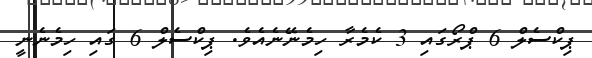
ޕިކްސެލް 6 ޕްރޯގައި 3 ކެމެރާ ހިމެނޭނެއެވެ. ޕިކްސެލް 6 ގައި ހިމެނެނީ